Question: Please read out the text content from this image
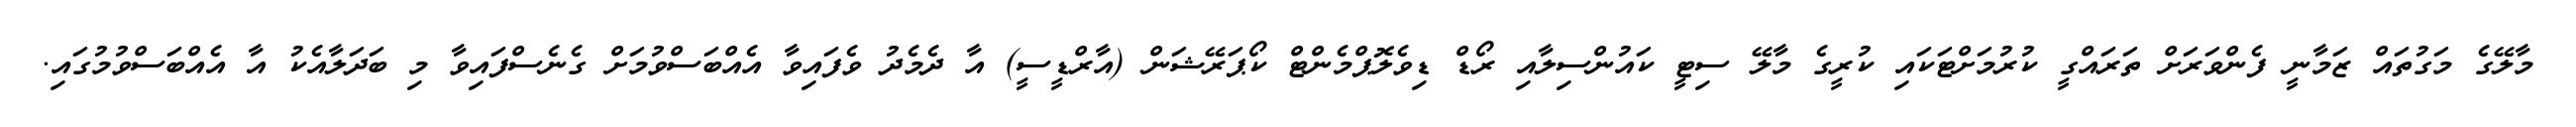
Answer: މާލޭގެ މަގުތައް ޒަމާނީ ފެންވަރަށް ތަރައްގީ ކުރުމަށްޓަކައި ކުރީގެ މާލޭ ސިޓީ ކައުންސިލާއި ރޯޑް ޑިވެލޮޕްމެންޓް ކޯޕަރޭޝަން (އާރްޑީސީ) އާ ދެމެދު ވެފައިވާ އެއްބަސްވުމަށް ގެނެސްފައިވާ މި ބަދަލާއެކު އާ އެއްބަސްވުމުގައި.